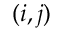
( i , j )